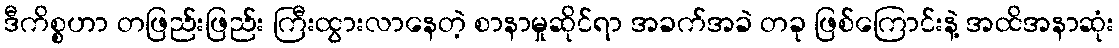
ဒီကိစ္စဟာ တဖြည်းဖြည်း ကြီးထွားလာနေတဲ့ စာနာမှုဆိုင်ရာ အခက်အခဲ တခု ဖြစ်ကြောင်းနဲ့ အထိအနာဆုံး